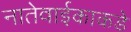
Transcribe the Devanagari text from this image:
नातेवाईकाकडे